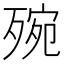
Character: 㱧